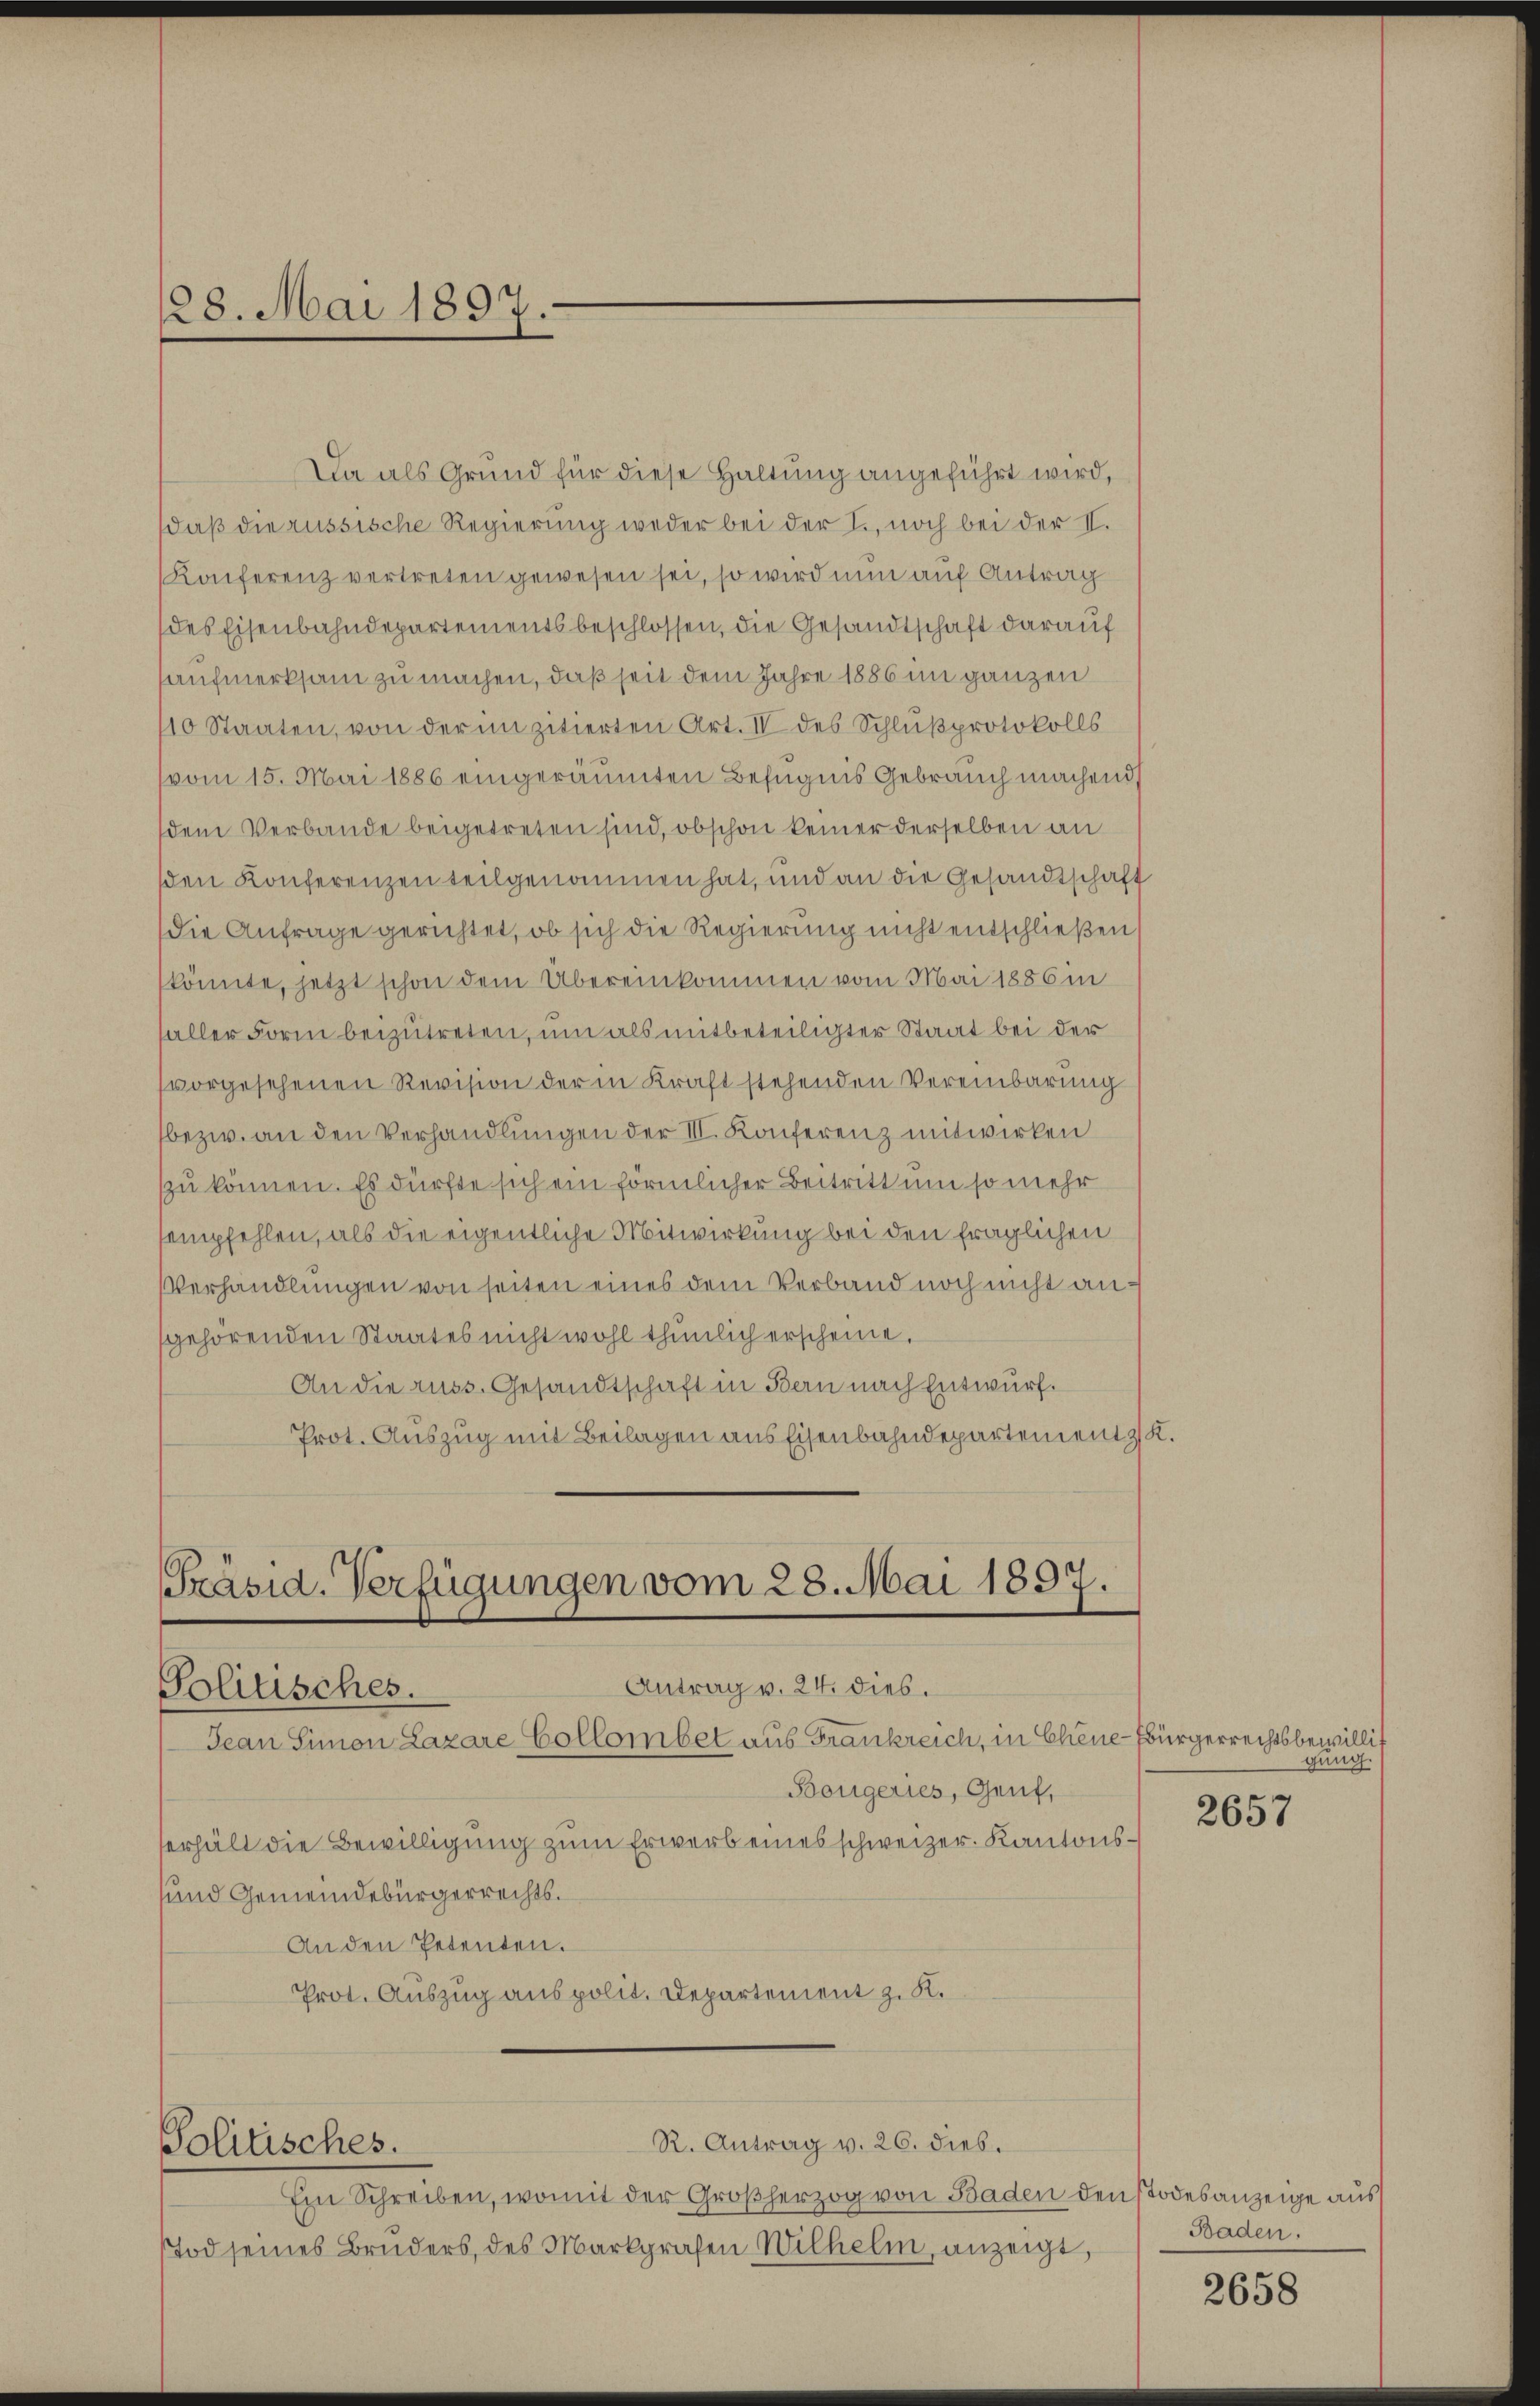
28. Mai 1897.

Da als Grund für diese Haltung angeführt wird,
daß die russische Regierung weder bei der I., noch bei der II.
Konferenz vertreten gewesen sei, so wird nun auf Antrag
des Eisenbahndepartements beschlossen, die Gesandtschaft darauf
aufmerksam zu machen, daß seit dem Jahre 1886 im ganzen
10 Staaten, von der in zitierten Art. IV des Schlußprotokolls
vom 15. Mai 1886 eingeräumten Befugnis Gebrauch machend,
dem Verbande beigetreten sind, obschon keiner derselben an
sden Konferenzen teilgenommen hat, und an die Gesandtschaft
die Anfrage gerichtet, ob sich die Regierung nicht entschließen
könnte, jetzt schon dem Übereinkommen vom Mai 1886 in
aller Form beizutreten, um als mitbeteiligter Staat bei der
vorgesehenen Revision der in Kraft stehenden Vereinbarung
bezw. an den Verhandlungen der III. Konferenz mitwirken
zu können. Es dürfte sich ein förmlicher Beitritt um so mehr
sempfehlen, als die eigentliche Mitwirkung bei den fraglichen
VVerhandlungen von seiten eines dem Verband noch nicht angehörenden Staates nicht wohl thunlich erscheine.
An die russ. Gesandtschaft in Bern nach Entwurf.
Prot. Auszug mit Beilagen aus Eisenbahndepartement z

Präsid. Verfügungen vom 28. Mai 1897.
Antrag v. 24. dies.
Politisches.

Politisches.

Jean Simon Lazare Collombet aus Frankreich, in Chene-Bürgerrechtsbewillit
Bougeries, Genf,
erhält die Bewilligung zum Erwerb eines schweizer. Kantonssund Gemeindebürgerrechts.
An den Petenten.
Prot. Auszug aus polit. Departement z. K.

R. Antrag v. 26. dieb.
Ein Schreiben, womit der Großherzog von Baden den Todesanzeige aus
Tod seines Bruders, des Markgrafen Wilhelm, anzeigt,

2.

gung.
2657

Baden.

2658